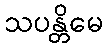
သပန္တိမေ